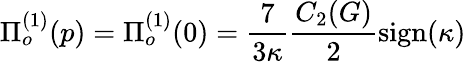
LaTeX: \Pi_{o}^{(1)}(p)=\Pi_{o}^{(1)}(0)=\frac{7}{3\kappa}\frac{C_{2}(G)}{2}\mathrm{sign}(\kappa)